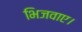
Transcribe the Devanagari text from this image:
भिजवाए।